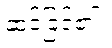
ဆင်ခြင်၏။